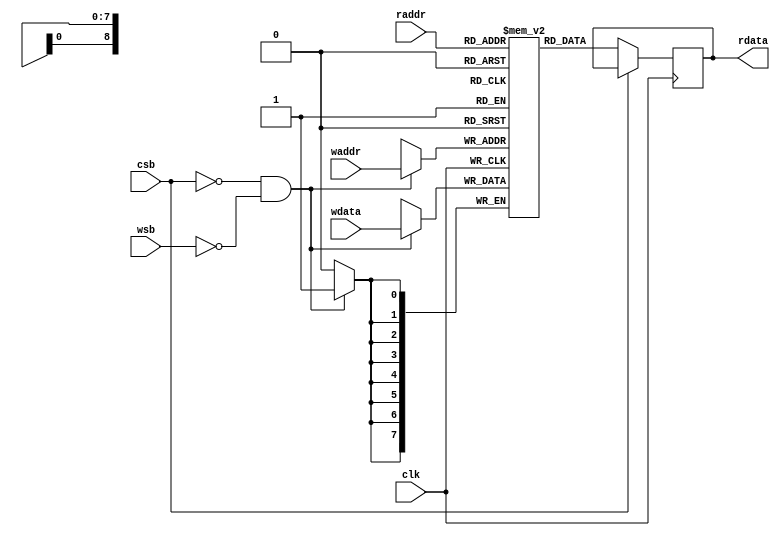
module sram_24x4b #(       //for bias
parameter BIAS_PER_ADDR = 1,
parameter BW_PER_BIAS = 8
)
(
input clk,
input csb,  //chip enable
input wsb,  //write enable
input [BIAS_PER_ADDR*BW_PER_BIAS-1:0] wdata, //write data
input [8:0] waddr, //write address
input [8:0] raddr, //read address

output reg [BIAS_PER_ADDR*BW_PER_BIAS-1:0] rdata //read data 4 bits
);
/*
Data location
/////////////////////
addr 0~23: conv1_b(24)

/////////////////////
*/
reg [BIAS_PER_ADDR*BW_PER_BIAS-1:0] mem [0:410];

always @(negedge clk) begin
    if(~csb && ~wsb)
        mem[waddr] <= wdata;
end

always @(negedge clk) begin
    if(~csb)
        rdata <= mem[raddr];
end

task load_param(
    input integer index,
    input [BIAS_PER_ADDR*BW_PER_BIAS-1:0] param_input
);
    mem[index] = param_input;
endtask

endmodule